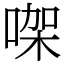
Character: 㗎